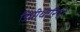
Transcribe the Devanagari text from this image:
डिग्रीधारियों